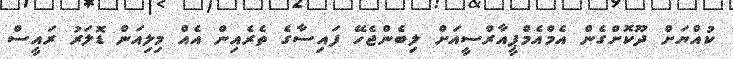
ކުއްޔަށް ދޫކޮށްގެން އެމްއެމްޕީއާރްސީއަށް ލިބެންޖެހޭ ފައިސާގެ ތެރެއިން އެއް މިލިއަން ޑޮލަރު ރައީސް